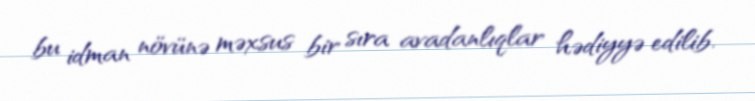
bu idman növünə məxsus bir sıra avadanlıqlar hədiyyə edilib.